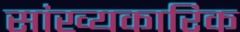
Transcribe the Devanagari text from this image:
सांख्यकारिक